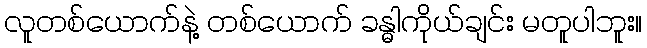
လူတစ်ယောက်နဲ့ တစ်ယောက် ခန္ဓါကိုယ်ချင်း မတူပါဘူး။